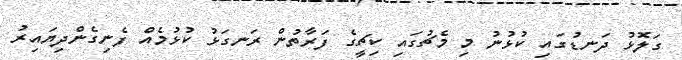
ގަލޮޅު ދަނޑުގައި ކުޅުނު މި މެޗުގައި ކިޗީގެ ފަރާތުން ރަނގަޅު ކުޅުމެއް ފެނިގެންދިޔައިރު